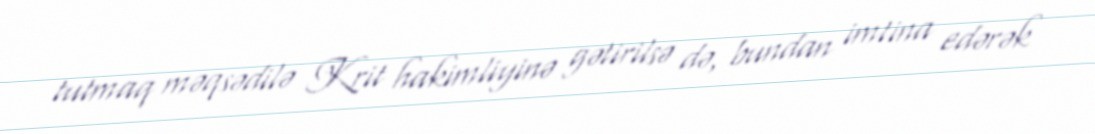
tutmaq məqsədilə Krit hakimliyinə gətirilsə də, bundan imtina edərək